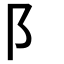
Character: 阝